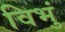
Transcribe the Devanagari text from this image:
विभुं